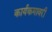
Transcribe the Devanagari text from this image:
कार्यकमावरी